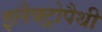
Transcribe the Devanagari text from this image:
इलैक्ट्रोपैथी